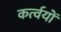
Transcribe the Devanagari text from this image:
कर्त्वयों